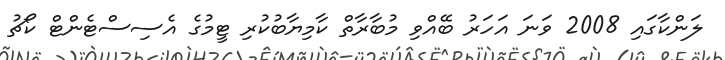
ލަންކާގައި 2008 ވަނަ އަހަރު ބޭއްވި މުބާރާތް ކާމިޔާބުކުރި ޓީމުގެ އެސިސްޓެންޓް ކޯޗު